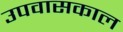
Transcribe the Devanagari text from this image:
उपवासकाल